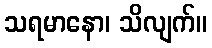
သရမာနော၊ သိလျက်။